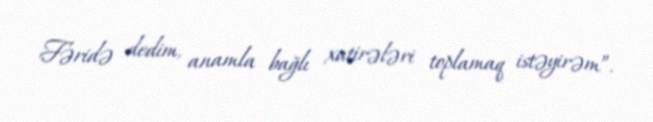
Fəridə dedim, anamla bağlı xatirələri toplamaq istəyirəm”.